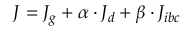
J = J _ { g } + \alpha \cdot J _ { d } + \beta \cdot J _ { i b c }